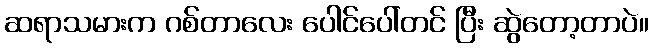
ဆရာသမားက ဂစ်တာလေး ပေါင်ပေါ်တင် ပြီး ဆွဲတော့တာပဲ။